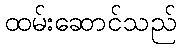
ထမ်းဆောင်သည်